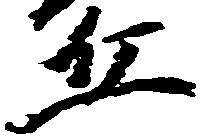
丘